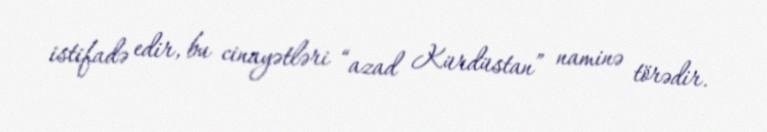
istifadə edir, bu cinayətləri “azad Kürdüstan” naminə törədir.